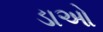
ડાઓ